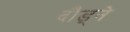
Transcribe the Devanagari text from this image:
दौड्ने